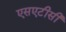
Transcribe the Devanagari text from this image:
एसएटीसी